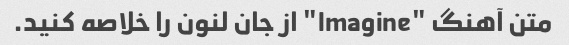
متن آهنگ "Imagine" از جان لنون را خلاصه کنید.